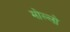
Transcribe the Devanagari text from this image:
मोल्लो